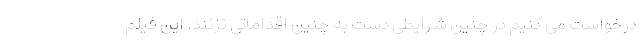
درخواست می کنیم در چنین شرایطی دست به چنین اقداماتی نزنند. این فیلم